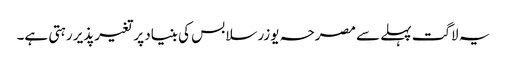
یہ لاگت پہلے سے مصرحہ یوزر سلابس کی بنیاد پر تغیرپذیر رہتی ہے۔